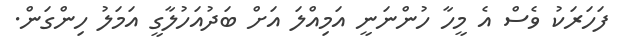
ފަހަރަކު ވެސް އެ މީހާ ހުންނަނީ އަމިއްލަ އަށް ބަދުއަހުލާގީ އަމަލު ހިންގަން.